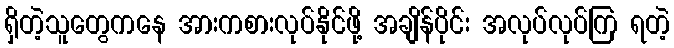
ရှိတဲ့သူတွေကနေ အားကစားလုပ်နိုင်ဖို့ အချိန်ပိုင်း အလုပ်လုပ်ကြ ရတဲ့